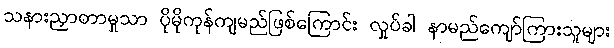
သနားညှာတာမှုသာ ပိုမိုကုန်ကျမည်ဖြစ်ကြောင်း လှုပ်ခါ နာမည်ကျော်ကြားသူများ